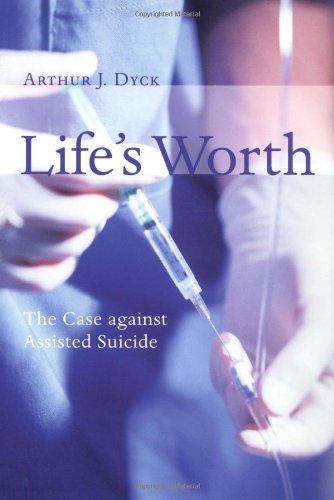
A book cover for Life's Worth: The Case Against Assisted Suicide (Critical Issues in Bioethics Series); Mr. Arthur J. Dyck; Self-Help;